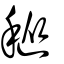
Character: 𥡬